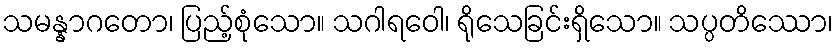
သမန္နာဂတော၊ ပြည့်စုံသော။ သဂါရဝေါ၊ ရိုသေခြင်းရှိသော။ သပ္ပတိဿော၊